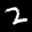
Label: 2